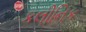
કલીનિક